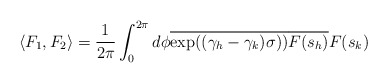
\begin{align*}\langle F_1,F_2\rangle=\frac{1}{2\pi}\int_0^{2\pi} d\phi\overline{\exp((\gamma_h-\gamma_k)\sigma ))}\overline{F(s_h)}F(s_k)\end{align*}